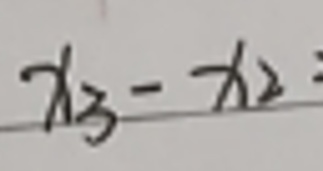
$t _ { 1 3 } - t _ { 1 2 } =$